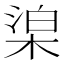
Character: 𣓬